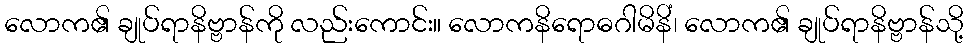
လောက၏ ချုပ်ရာနိဗ္ဗာန်ကို လည်းကောင်း။ လောကနိရောဓဂါမိနိံ၊ လောက၏ ချုပ်ရာနိဗ္ဗာန်သို့